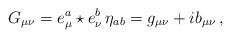
LaTeX: \begin{align*}G_{\mu\nu} = e^a_{\mu} \star e^b_{\nu}\, \eta_{ab} = g_{\mu\nu} + ib_{\mu\nu}\,,\end{align*}